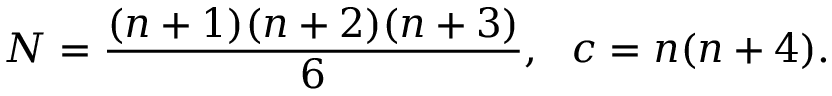
N = \frac { ( n + 1 ) ( n + 2 ) ( n + 3 ) } { 6 } , \ \ c = n ( n + 4 ) .